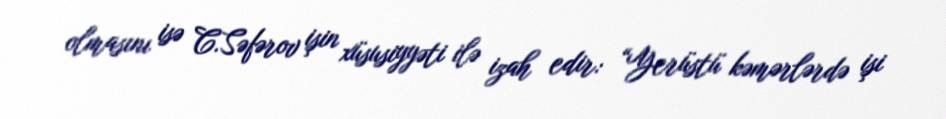
olmasını isə C.Səfərov işin xüsusiyyəti ilə izah edir: “Yerüstü kəmərlərdə işi